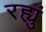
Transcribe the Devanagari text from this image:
रह्युं